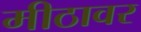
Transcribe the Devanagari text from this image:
मीठावर